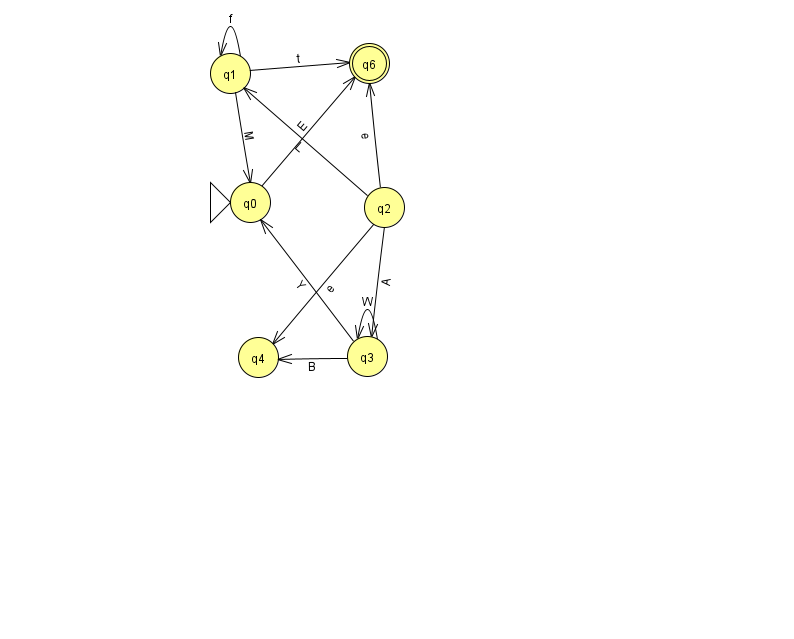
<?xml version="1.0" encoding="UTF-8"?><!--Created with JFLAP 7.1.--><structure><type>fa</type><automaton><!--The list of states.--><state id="0" name="q0"><x>250.0</x><y>189.0</y><initial/></state><state id="1" name="q1"><x>230.0</x><y>60.0</y></state><state id="2" name="q2"><x>384.0</x><y>194.0</y></state><state id="3" name="q3"><x>367.0</x><y>343.0</y></state><state id="4" name="q4"><x>258.0</x><y>344.0</y></state><state id="6" name="q6"><x>369.0</x><y>50.0</y><final/></state><!--The list of transitions.--><transition><from>2</from><to>6</to><read>e</read></transition><transition><from>1</from><to>0</to><read>M</read></transition><transition><from>1</from><to>6</to><read>t</read></transition><transition><from>1</from><to>1</to><read>f</read></transition><transition><from>3</from><to>4</to><read>B</read></transition><transition><from>3</from><to>3</to><read>W</read></transition><transition><from>3</from><to>0</to><read>Y</read></transition><transition><from>0</from><to>6</to><read>E</read></transition><transition><from>2</from><to>3</to><read>A</read></transition><transition><from>2</from><to>4</to><read>e</read></transition><transition><from>2</from><to>1</to><read>L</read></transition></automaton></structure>